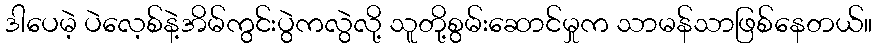
ဒါပေမဲ့ ပဲလေ့စ်နဲ့အိမ်ကွင်းပွဲကလွဲလို့ သူတို့စွမ်းဆောင်မှုက သာမန်သာဖြစ်နေတယ်။